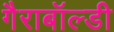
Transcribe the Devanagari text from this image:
गैराबॉल्डी